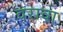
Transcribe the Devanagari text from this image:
वरावा